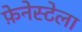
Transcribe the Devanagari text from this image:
फ़ेनेस्टेला